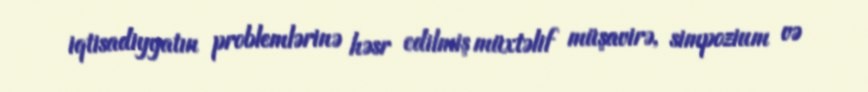
iqtisadiyyatın problemlərinə həsr edilmiş müxtəlif müşavirə, simpozium və